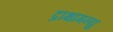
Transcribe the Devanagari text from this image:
द्राक्षामन्यु